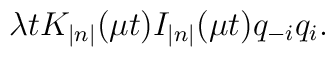
\lambda tK_{\left| n\right| }(\mu t)I_{\left| n\right| }(\mu t)q_{-i}q_i.